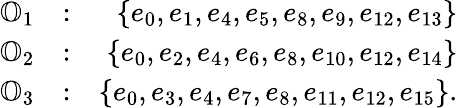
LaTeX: \begin{array}{rlr}{\mathbb{O}_{1}}&{:}&{\{ e_{0},e_{1},e_{4},e_{5},e_{8},e_{9},e_{12},e_{13}\} }\\ {\mathbb{O}_{2}}&{:}&{\{ e_{0},e_{2},e_{4},e_{6},e_{8},e_{10},e_{12},e_{14}\} }\\ {\mathbb{O}_{3}}&{:}&{\{ e_{0},e_{3},e_{4},e_{7},e_{8},e_{11},e_{12},e_{15}\} .}\end{array}